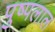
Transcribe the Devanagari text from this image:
पुष्पलाल